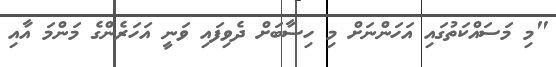
"މި މަސައްކަތުގައި އަހަންނަށް މި ހިސާބަށް ދެވިފައި ވަނީ އަހަރެންގެ މަންމަ އާއި